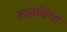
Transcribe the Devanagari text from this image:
अलविया